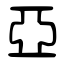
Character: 亞